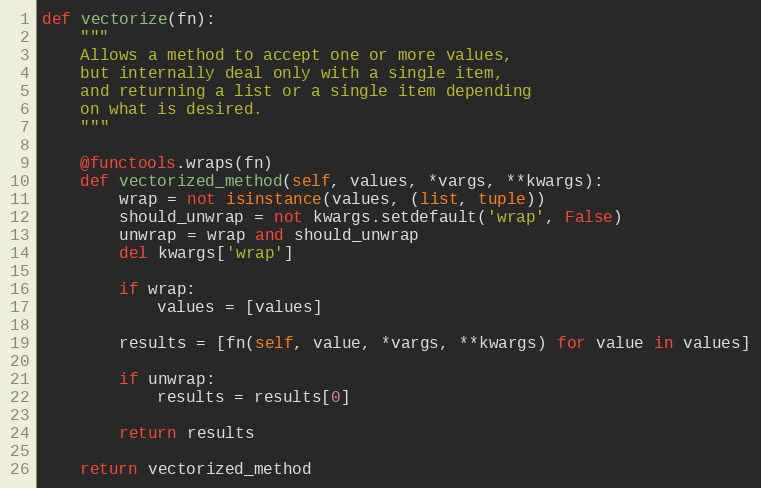
Language: Python
def vectorize(fn):
    """
    Allows a method to accept one or more values,
    but internally deal only with a single item,
    and returning a list or a single item depending
    on what is desired.
    """

    @functools.wraps(fn)
    def vectorized_method(self, values, *vargs, **kwargs):
        wrap = not isinstance(values, (list, tuple))
        should_unwrap = not kwargs.setdefault('wrap', False)
        unwrap = wrap and should_unwrap
        del kwargs['wrap']

        if wrap:
            values = [values]

        results = [fn(self, value, *vargs, **kwargs) for value in values]

        if unwrap:
            results = results[0]

        return results

    return vectorized_method